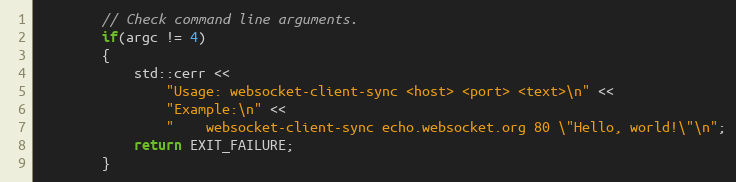
Language: C++
        // Check command line arguments.
        if(argc != 4)
        {
            std::cerr <<
                "Usage: websocket-client-sync <host> <port> <text>\n" <<
                "Example:\n" <<
                "    websocket-client-sync echo.websocket.org 80 \"Hello, world!\"\n";
            return EXIT_FAILURE;
        }